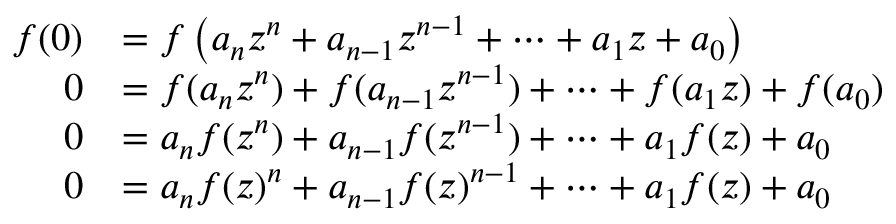
\begin{array} { r l } { f ( 0 ) } & { = f \left( a _ { n } z ^ { n } + a _ { n - 1 } z ^ { n - 1 } + \dots + a _ { 1 } z + a _ { 0 } \right) } \\ { 0 } & { = f ( a _ { n } z ^ { n } ) + f ( a _ { n - 1 } z ^ { n - 1 } ) + \dots + f ( a _ { 1 } z ) + f ( a _ { 0 } ) } \\ { 0 } & { = a _ { n } f ( z ^ { n } ) + a _ { n - 1 } f ( z ^ { n - 1 } ) + \dots + a _ { 1 } f ( z ) + a _ { 0 } } \\ { 0 } & { = a _ { n } f ( z ) ^ { n } + a _ { n - 1 } f ( z ) ^ { n - 1 } + \dots + a _ { 1 } f ( z ) + a _ { 0 } } \end{array}